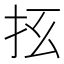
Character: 𰓀